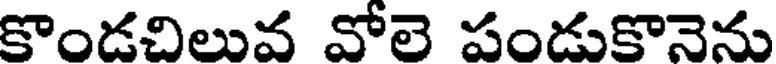
కొండచిలువ వోలె పండుకొనెను